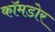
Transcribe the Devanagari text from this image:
कॉमडोर